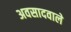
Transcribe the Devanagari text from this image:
अवसादवाले